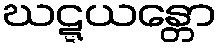
ဃဋ္ဋယန္တော